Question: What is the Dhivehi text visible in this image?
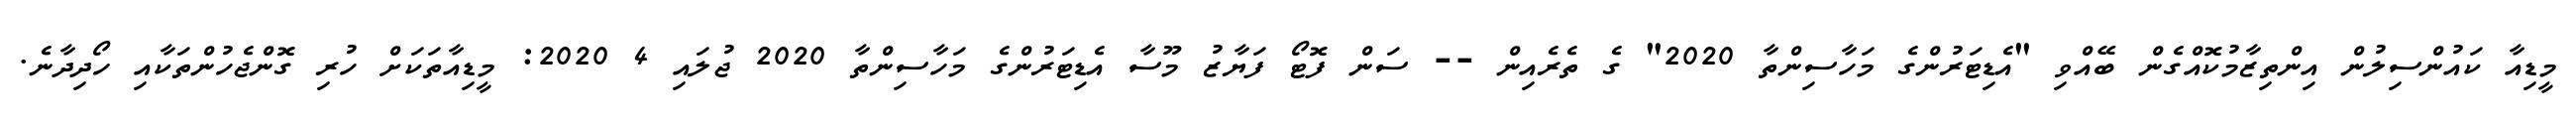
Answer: މީޑިއާ ކައުންސިލުން އިންތިޒާމުކޮއްގެން ބޭއްވި "އެޑިޓަރުންގެ މަހާސިންތާ 2020" ގެ ތެރެއިން -- ސަން ފޮޓޯ ފަޔާޒު މޫސާ އެޑިޓަރުންގެ މަހާސިންތާ 2020 ޖުލައި 4 2020: މީޑިއާތަކަށް ހުރި ގޮންޖެހުންތަކާއި ހޯދިދާނެ.